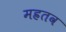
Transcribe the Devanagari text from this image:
मह्रतव